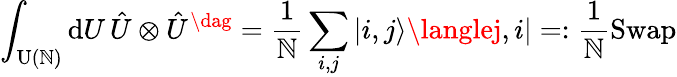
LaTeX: \int_{\operatorname{U}(\mathbb{N})}\mathrm{{d}}U\, \hat{{U}}\otimes\hat{{U}}^{\dag}=\frac{{1}}{{\mathbb{N}}}\sum_{i,j}|i,j\rangle\langlej,i|=:\frac{{1}}{{\mathbb{N}}}\operatorname{Swap}